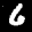
Label: 6